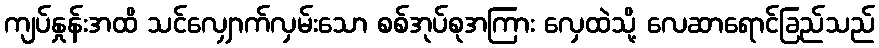
ကျပ်နှုန်းအထိ သင်လျှောက်လှမ်းသော စစ်အုပ်စုအကြား လှေထဲသို့ လေဆာရောင်ခြည်သည်